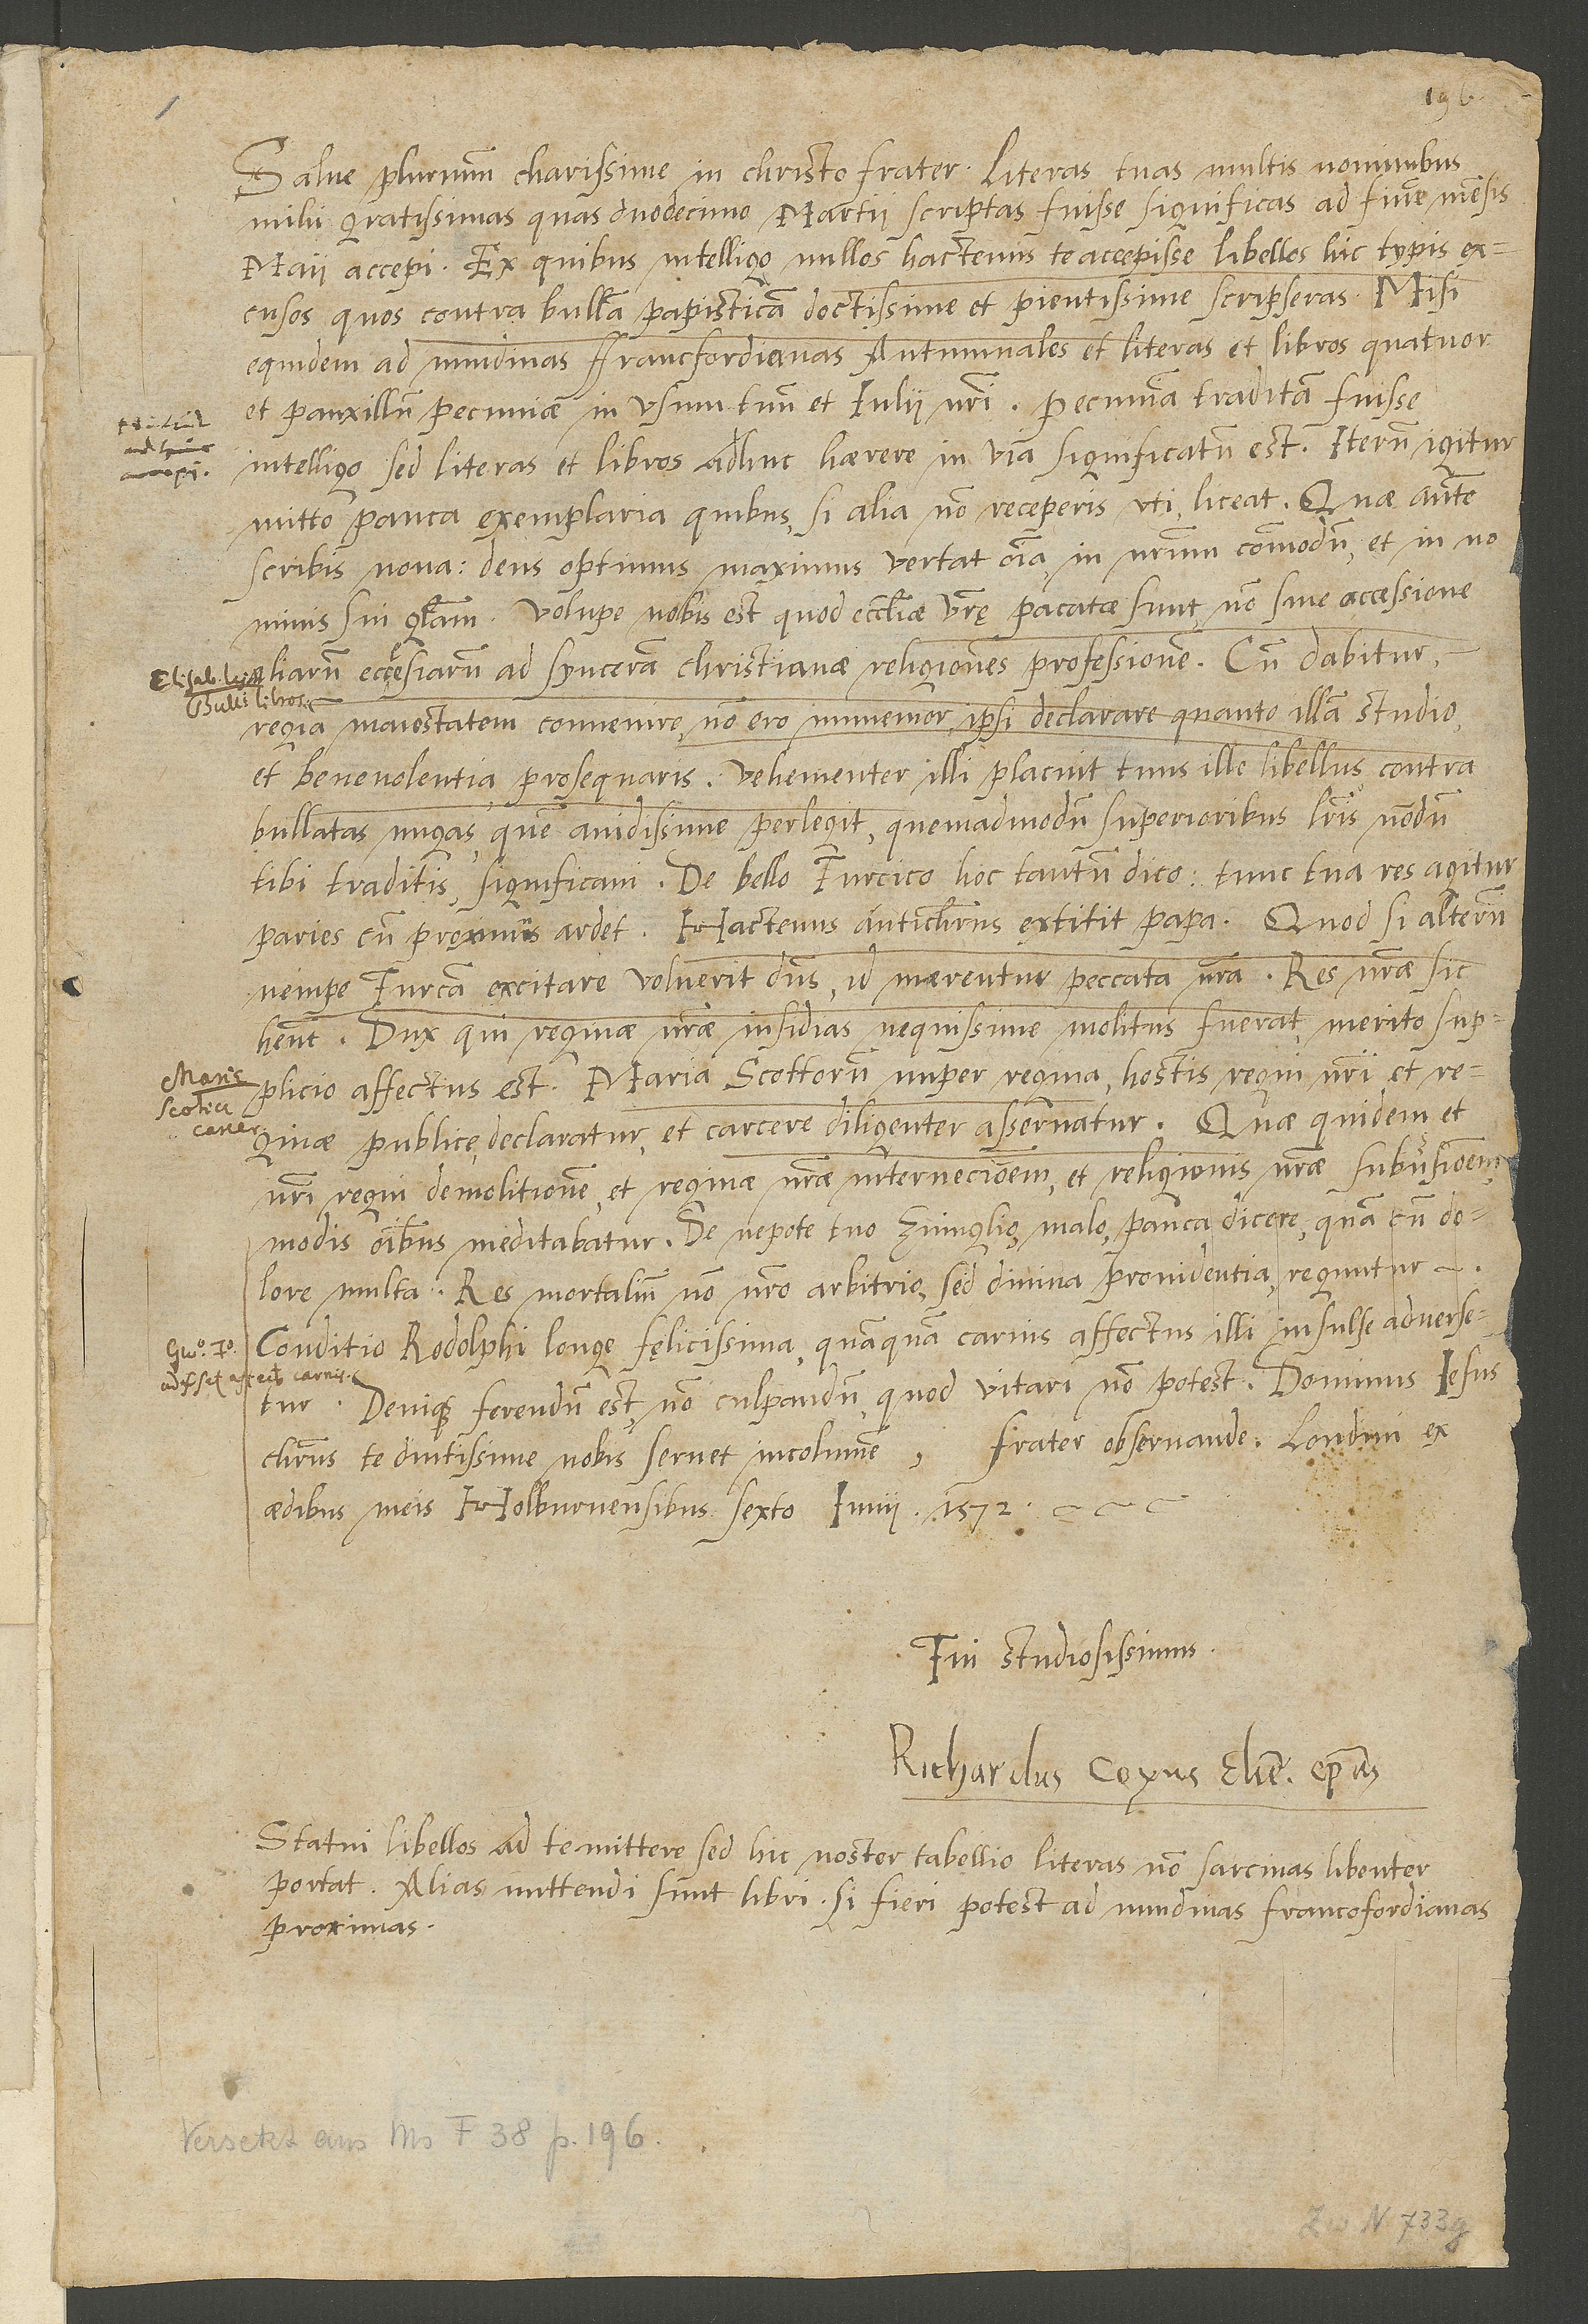
mihi gratissimas, quas 12 martii scriptas fuisse significas, ad finem mensis
maii accepi; ex quibus intelligo nullos hactenus te accepisse libellos hic typis excusos,
quos contra bullam papisticam doctissime et pientissime scripseras.
equidem ad nundinas Francfordianas autumnales et literas, et libros quatuor,
intelligo, sed literas et libros adhuc haerere in via significatum est.
mitto pauca exemplaria, quibus, si alia non receperis, uti liceat.
scribis nova, deus optimus maximus vertat omnia in commodum nostrum
nominis sui gloriam! Volupe nobis est, quod ecclesiae vestrae pacatae sunt, non sine accessione
aliarum ecclesiarum ad sinceram christianae religionis professionem. Cum dabitur
regiam maiestatem convenire, non ero immemor ipsi declarare, quanto illam studio
bullatas nugas, quem avidissime perlegit, quemadmodum superioribus literis, nondum
nempe Turcam, excitare voluerit dominus, id merentur peccata nostra. Res nostrae sic
habent. Dux , qui reginae nostrae insidias nequissime molitus fuerat, merito supplicio
affectus est. Maria, Scotorum nuper regina, hostis regni nostrae et
publice declaratur, et carcere diligenter asservatur: quae quidem et
nostri regni demolitionem et reginae nostrae internecionem et religionis nostrae subversionem
multa. Res mortalium non nostro arbitrio, sed divina providentia, reguntur.
Conditio Rodolphi longe felicissima, quamquam carnis affectus illi insulse adversetur.
Denique ferendum est, non culpandum, quod vitari non potest. Dominus Iesus
Christus te diutissime nobis servet incolumem,
aedibus meis Holburnensibus, 6 iunii, 1572.
Tui studiosissimus,
Ricardus Coxus, Eliensis episcopus.
Statui libellos ad te mittere; sed hic noster tabellio literas, non sarcinas, libenter
proximas,